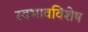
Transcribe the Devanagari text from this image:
स्वभावविशेष